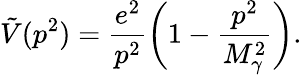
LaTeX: \tilde{V}(p^{2})=\frac{e^{2}}{p^{2}}\biggl(1-\frac{p^{2}}{M_{\gamma}^{2}}\biggr).